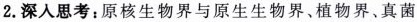
2.深入思考：原核生物界与原生生物界、植物界、真菌